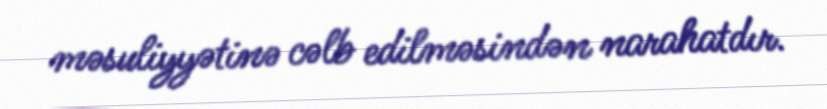
məsuliyyətinə cəlb edilməsindən narahatdır.